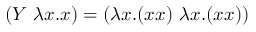
( Y \ \lambda x . x ) = ( \lambda x . ( x x ) \ \lambda x . ( x x ) )